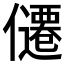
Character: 𪝴